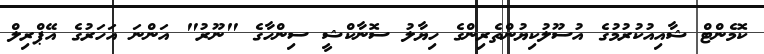
ކޮމެންޓް ޝާއިއުކުރުމުގެ އުސޫލުކިޔުންތެރިންގެ ހިޔާލު ސޮނާކްޝީ ސިންހާގެ "ނޫރު" އަންނަ އަހަރުގެ އޭޕްރިލް